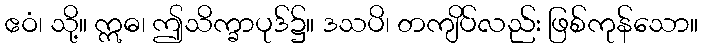
ဧဝံ၊ သို့။ ဣဓ၊ ဤသိက္ခာပုဒ်၌။ ဒသပိ၊ တကျိပ်လည်း ဖြစ်ကုန်သော။